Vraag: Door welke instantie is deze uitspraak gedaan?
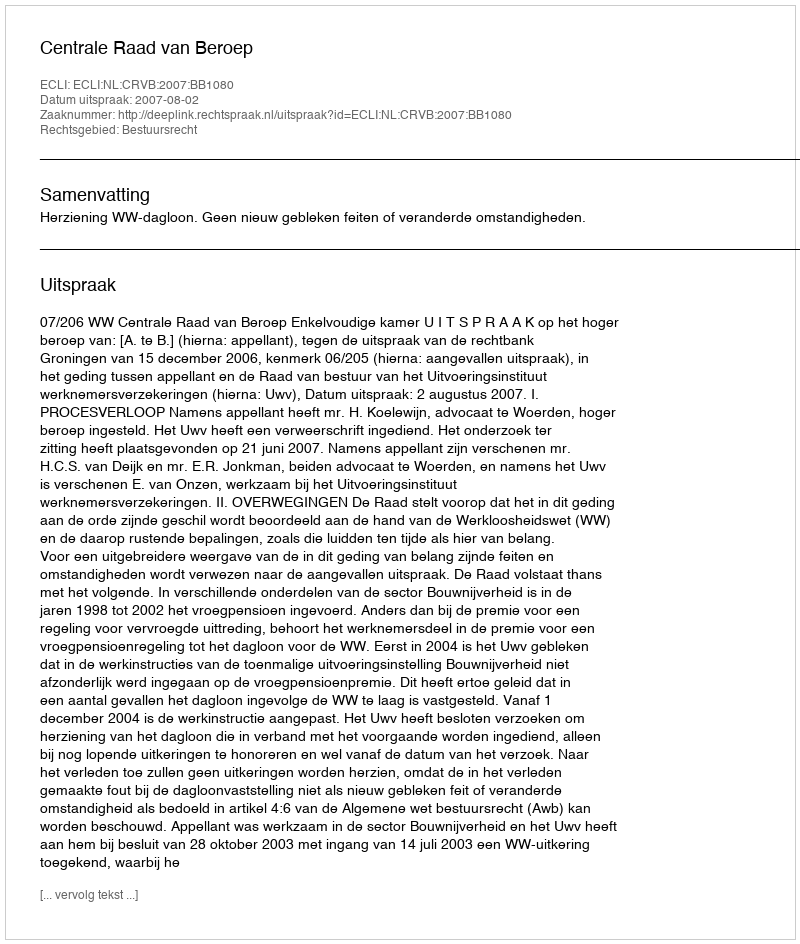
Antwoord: Centrale Raad van Beroep